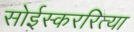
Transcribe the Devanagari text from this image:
सोईस्कररित्या